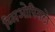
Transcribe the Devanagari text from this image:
य्लिओपिसटो